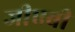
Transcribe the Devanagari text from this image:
जीएबी